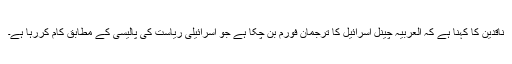
ناقدین کا کہنا ہے کہ العربیہ چینل اسرائیل کا ترجمان فورم بن چکا ہے جو اسرائیلی ریاست کی پالیسی کے مطابق کام کررہا ہے۔